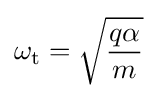
\omega _{\text{t}}={\sqrt {\frac {q\alpha }{m}}}